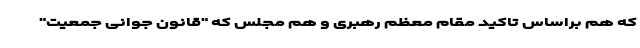
که هم براساس تاکید مقام معظم رهبری و هم مجلس که "قانون جوانی جمعیت"